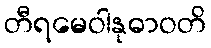
တီရမေဝါနုဓာဝတိ